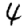
Digit: 4